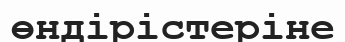
өндірістеріне